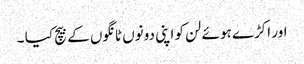
اور اکڑے ہوئے لن کو اپنی دونوں ٹانگوں کے بیچ کیا ۔